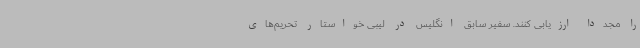
را مجددا ارزیابی کنند. سفیر سابق انگلیس در لیبی خواستار تحریم‌های